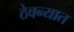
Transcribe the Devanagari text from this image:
ठेवन्यात